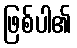
ဖြစ်ပါ၏